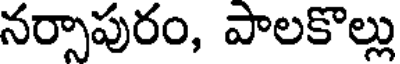
నర్సాపురం, పాలకొల్లు